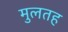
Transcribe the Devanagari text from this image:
मुलतह